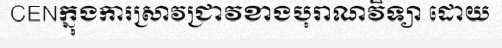
CENក្នុងការស្រាវជ្រាវខាងបុរាណវិទ្យា ដោយ